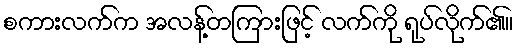
စကားလက်က အလန့်တကြားဖြင့် လက်ကို ရုပ်လိုက်၏။